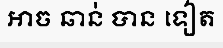
ឤច ឆាន់ បាន ទៀត